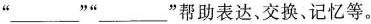
”___””___”帮助表达，交换，记忆等。